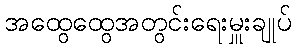
အထွေထွေအတွင်းရေးမှူးချုပ်